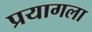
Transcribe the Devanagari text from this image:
प्रयागला